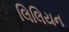
લિલિયન